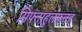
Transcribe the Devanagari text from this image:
मिफ्ताहुलफ़तह